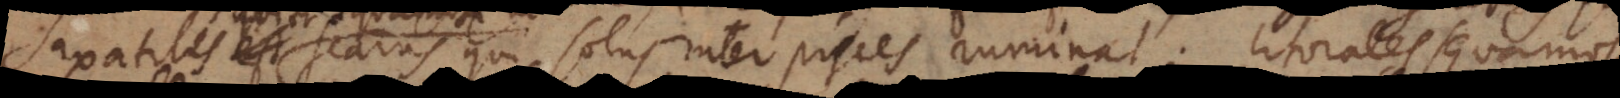
ut scarus qui solus inter pisces ruminat; litorales squamosi